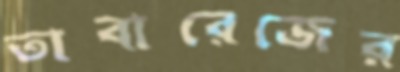
তাবারেজের